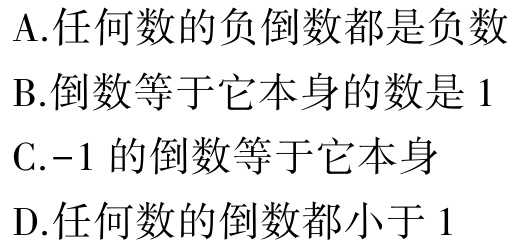
A.任何数的负倒数都是负数

B.倒数等于它本身的数是 1

C.-1 的倒数等于它本身

D.任何数的倒数都小于 1